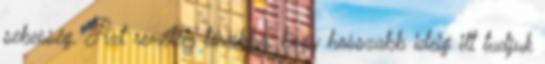
sebesség. Azt remélem továbbá, hogy hosszabb ideig itt tudjuk